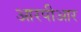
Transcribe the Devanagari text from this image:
आरपीआर